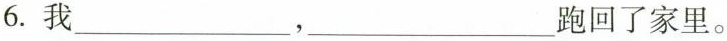
6.我___，___跑回了家里。